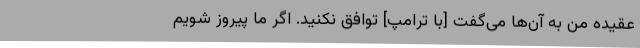
عقیده من به آن‌ها می‌گفت [با ترامپ] توافق نکنید. اگر ما پیروز شویم